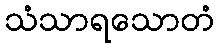
သံသာရသောတံ